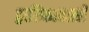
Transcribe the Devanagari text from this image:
द्वारिकावासी